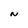
Character: N